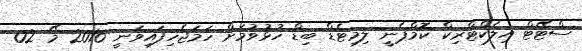
ސްޓޭޓް އިލެކްޓްރިކް ކޮމްޕެނީ ލިމިޓެޑް ބިޑް ހުޅުވުމަށް ހަމަޖެހިފައިވަނީ 2016 މޭ 02